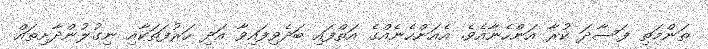
ތަންމަތި ފަސާދަ ކުރާ އަންހެނާއެވެ. އެއަންހެނެއްގެ އަތްފައި ބަދެވިފައިވާ އަދި ހަރުފަތަކާއި ނިގުލުންދާށިތައް